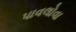
પાવલોવા